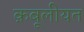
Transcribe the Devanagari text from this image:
क़बूलीयत